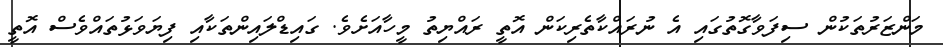
މަންޒަރުތަކުން ސިފަވާގޮތުގައި އެ ނުރައްކާތެރިކަން އޮތީ ރައްޔިތު މީހާއަށެވެ. ގައިޑްލައިންތަކާއި ފިޔަވަޅުތައްވެސް އޮތީ